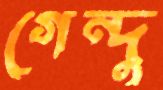
গেন্দু